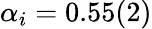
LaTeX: \alpha_{i}=0.55(2)